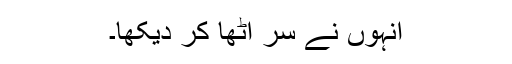
انہوں نے سر اٹھا کر دیکھا۔